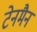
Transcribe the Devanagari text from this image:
टेनमैन